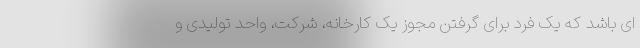
ای باشد که یک فرد برای گرفتن مجوز یک کارخانه، شرکت، واحد تولیدی و